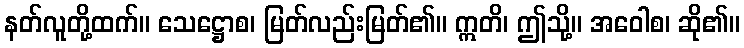
နတ်လူတို့ထက်။ သေဋ္ဌောစ၊ မြတ်လည်းမြတ်၏။ ဣတိ၊ ဤသို့။ အဝေါစ၊ ဆို၏။